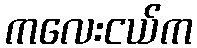
ကလေးငယ်က